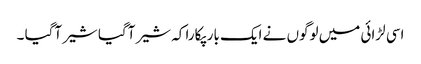
اسی لڑائی میں لوگوں نے ایک بار پکارا کہ شیر آگیا شیر آگیا ۔